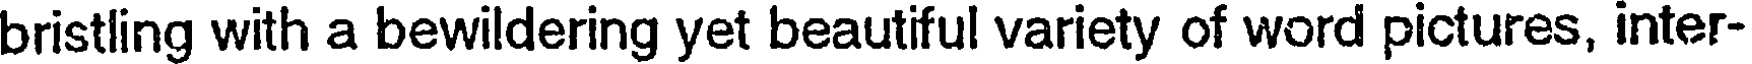
bristling with a bewildering yet beautiful variety of word pictures, inter-